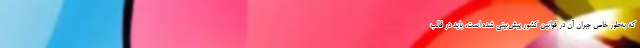
که به‌طور خاص جبران آن در قوانین کشور پیش‌بینی شده است، باید در قالب